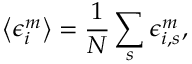
\left< \epsilon _ { i } ^ { m } \right> = \frac { 1 } { N } \sum _ { s } \epsilon _ { i , s } ^ { m } ,